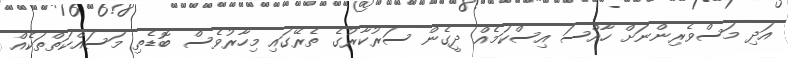
އަދި މަސްވެރިންނަށް ހާއްސަ އިސްކަމެއް ދީގެން ސަރުކާރުގެ ތެރޭގައި މިހާރުވެސް ބޮޑެތި މަސައްކަތްތަކެއް